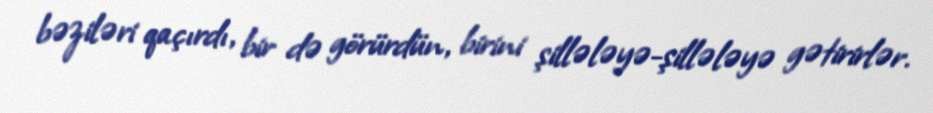
bəziləri qaçırdı, bir də görürdün, birini şillələyə-şillələyə gətirirlər.